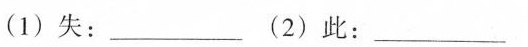
(1)失：___(2)此：___